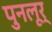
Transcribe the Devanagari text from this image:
पुनलूर्